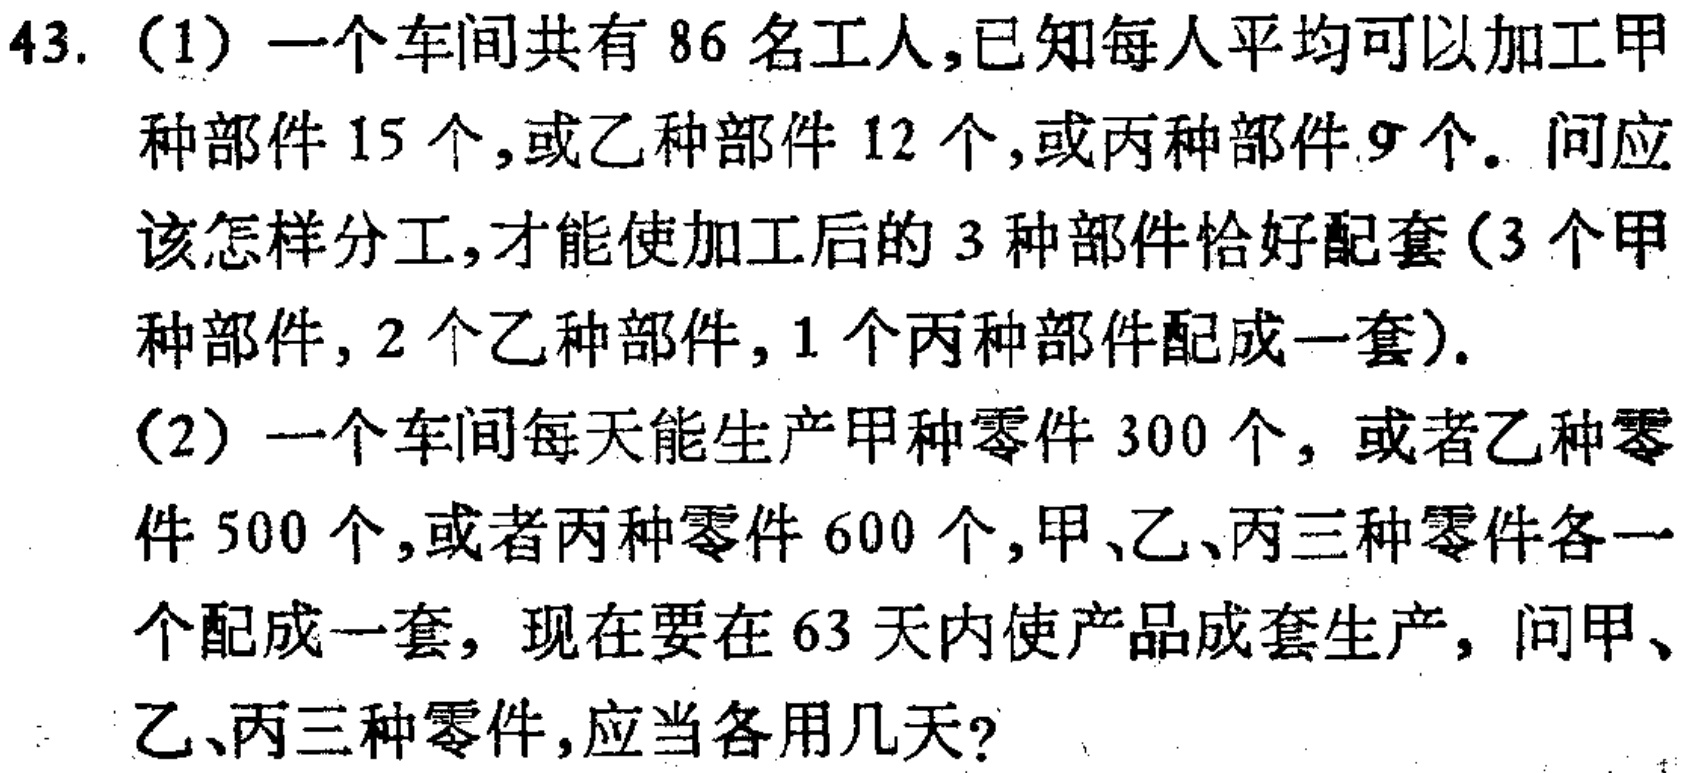
43. （1）一个车间共有86名工人，已知每人平均可以加工甲种部件15个，或乙种部件12个，或丙种部件9个。问应该怎样分工，才能使加工后的3种部件恰好配套（3个甲种部件，2个乙种部件，1个丙种部件配成一套）。
（2）一个车间每天能生产甲种零件300个，或者乙种零件500个，或者丙种零件600个，甲、乙、丙三种零件各一个配成一套，现在要在63天内使产品成套生产，问甲、乙、丙三种零件，应当各用几天？